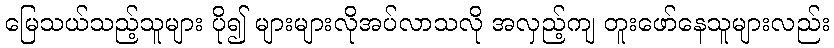
မြေသယ်သည့်သူများ ပို၍ များများလိုအပ်လာသလို အလှည့်ကျ တူးဖော်နေသူများလည်း